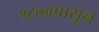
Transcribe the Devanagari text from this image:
१८७०पासून